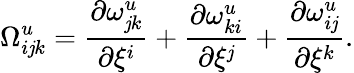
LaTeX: {\Omega}_{i\mathit{j}k}^{u}=\frac{{{\partial}{\omega}_{\mathit{j}k}^{u}}}{{{\partial}{\xi}^{i}}}+\frac{{{\partial}{\omega}_{ki}^{u}}}{{{\partial}{\xi}^{\mathit{j}}}}+\frac{{{\partial}{\omega}_{i\mathit{j}}^{u}}}{{{\partial}{\xi}^{k}}}.